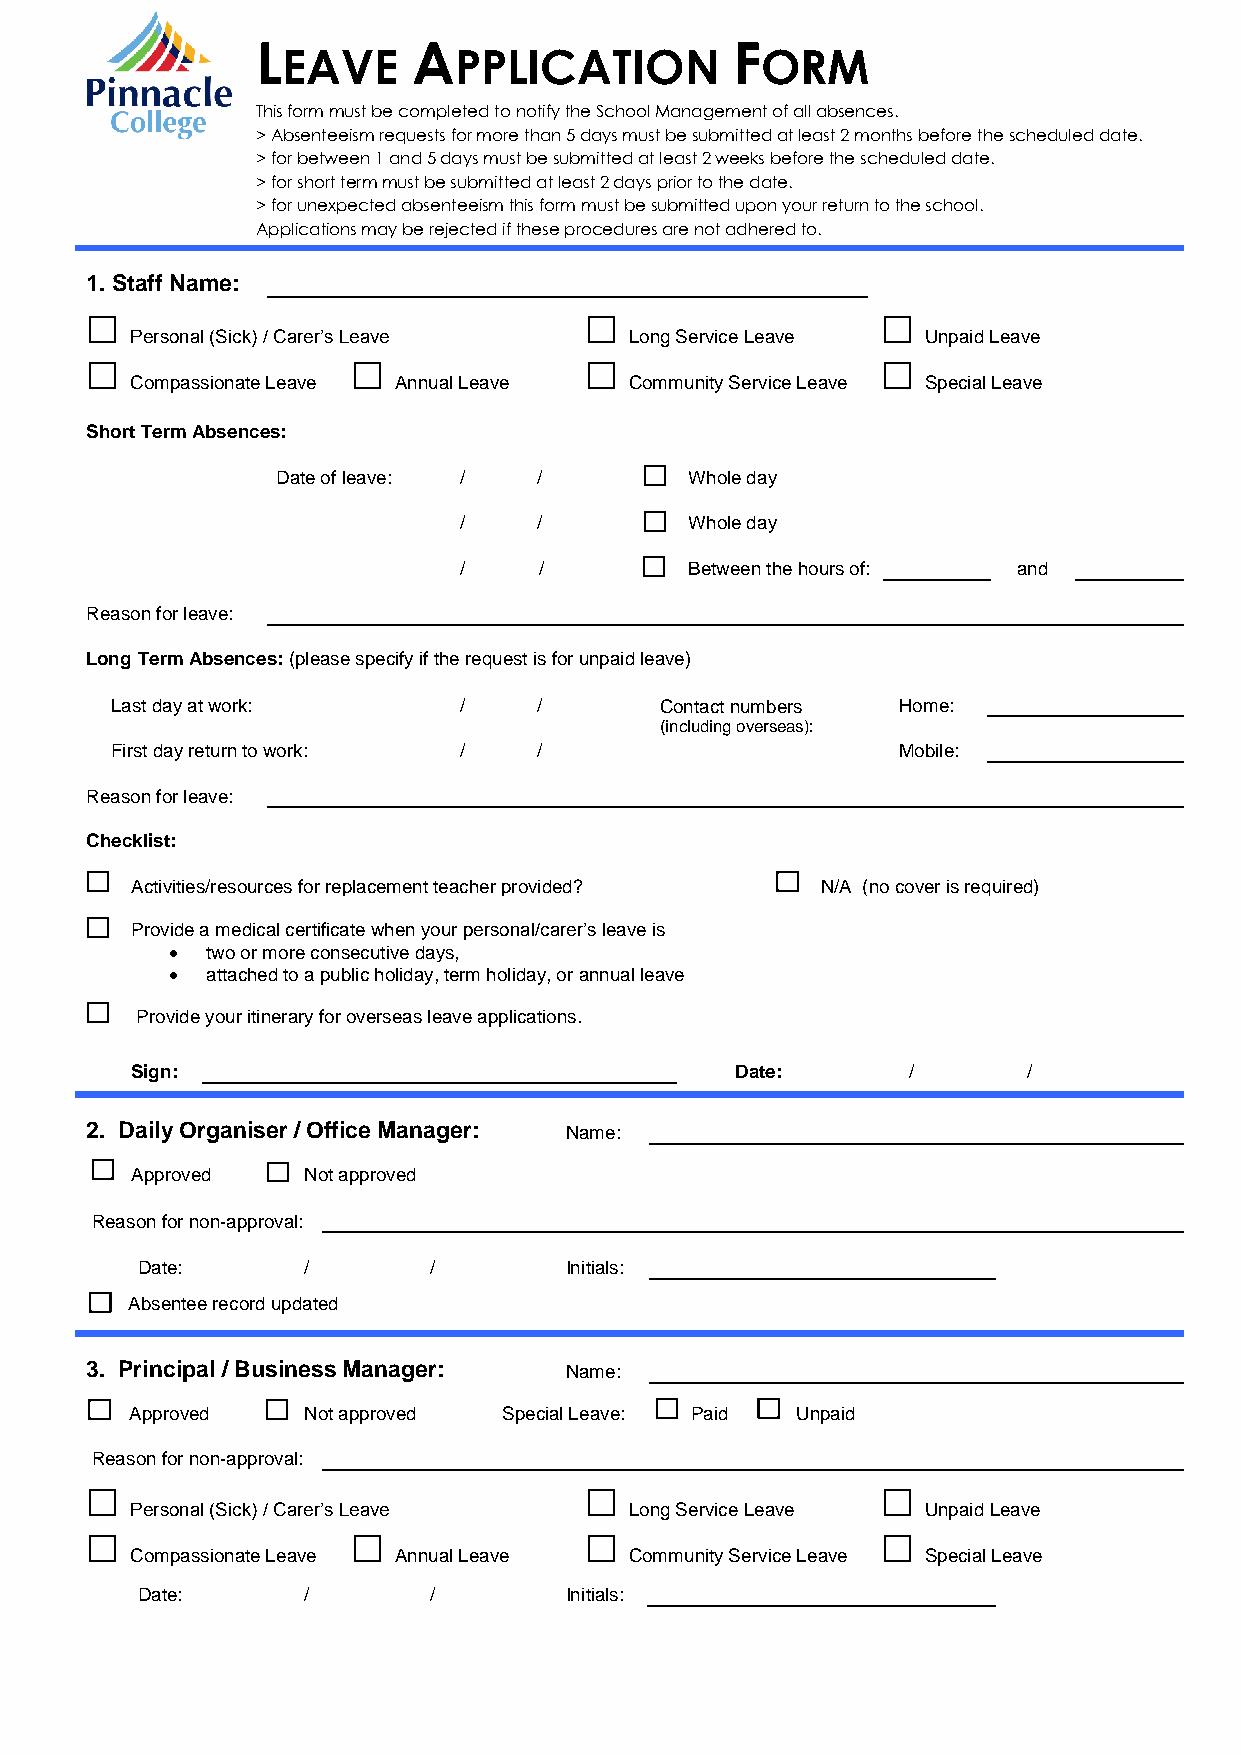
L         A                    F
 EAVE       PPLICATION          ORM
 This form must be completed to notify the School Management of all absences.
 > Absenteeism requests for more than 5 days must be submitted at least 2 months before the scheduled date.
 > for between 1 and 5 days must be submitted at least 2 weeks before the scheduled date.
 > for short term must be submitted at least 2 days prior to the date.
 > for unexpected absenteeism this form must be submitted upon your return to the school.
 Applications may be rejected if these procedures are not adhered to.
 1. Staff Name:
                                                   
 Personal (Sick) / Carer’s Leave  Long Service Leave Unpaid Leave
                                                  
 Compassionate Leave Annual Leave Community Service Leave Special Leave
 Short Term Absences:
 Date of leave: /  /         Whole day
 /     /         Whole day
 /     /         Between the hours of: and
 Reason for leave:
 Long Term Absences: (please specify if the request is for unpaid leave)
 Last day at work:      /     /       Contact numbers Home:
 (including overseas):
 First day return to work: /  /                      Mobile:
 Reason for leave:
 Checklist:
 Activities/resources for replacement teacher provided? N/A (no cover is required)
 Provide a medical certificate when your personal/carer’s leave is
   two or more consecutive days,
   attached to a public holiday, term holiday, or annual leave
 Provide your itinerary for overseas leave applications.
 Sign:                                   Date:      /       /
 2. D aily Organiser / Office Manager: Name:
 Approved   Not approved
 Reason for non-approval:
 Date:      /       /        Initials:
 A bsentee record updated
 3. P rincipal / Business Manager: Name:
 A pproved  Not approved Special Leave: Paid Unpaid
 Reason for non-approval:
                                                   
 P ersonal (Sick) / Carer’s Leave Long Service Leave Unpaid Leave
                                                  
 Compassionate Leave Annual Leave Community Service Leave Special Leave
 Date:      /       /        Initials: